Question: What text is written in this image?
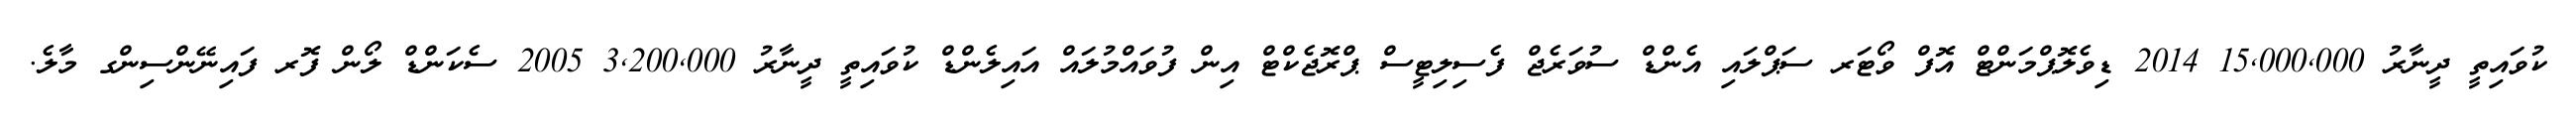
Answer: ކުވައިތީ ދީނާރު 15,000,000 2014 ޑިވެލޮޕްމަންޓް އޮފް ވޯޓަރ ސަޕްލައި އެންޑް ސުވަރެޖް ފެސިލިޓީސް ޕްރޮޖެކްޓް އިން ފުވައްމުލައް އައިލެންޑް ކުވައިތީ ދީނާރު 3,200,000 2005 ސެކަންޑް ލޯން ފޮރ ފައިނޭންސިންގ މާލެ.